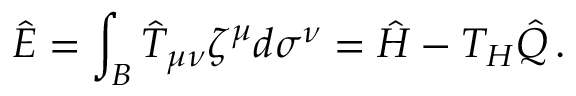
\hat { E } = \int _ { \cal B } \hat { T } _ { \mu \nu } \zeta ^ { \mu } d \sigma ^ { \nu } = \hat { H } - T _ { H } \hat { Q } \, .